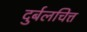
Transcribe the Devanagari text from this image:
दुर्बलचित्त